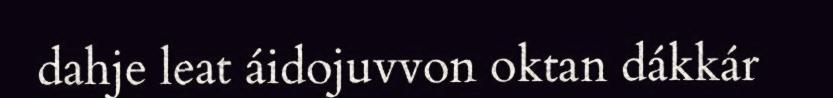
dahje leat áidojuvvon oktan dákkár